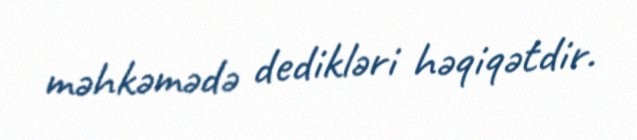
məhkəmədə dedikləri həqiqətdir.